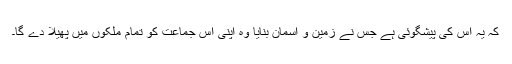
کہ یہ اس کی پیشگوئی ہے جس نے زمین و آسمان بنایا وہ اپنی اس جماعت کو تمام ملکوں میں پھیلا دے گا۔